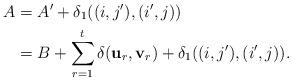
LaTeX: \begin{align*}A &= A' + \delta_1((i,j'),(i',j)) \\ &= B + \sum_{r=1}^t \delta(\mathbf{u}_r, \mathbf{v}_r) + \delta_1((i,j'),(i',j)).\end{align*}